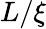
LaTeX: L/\xi